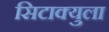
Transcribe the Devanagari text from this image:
सिटाक्युला